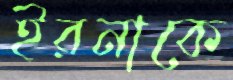
ইরনাকে